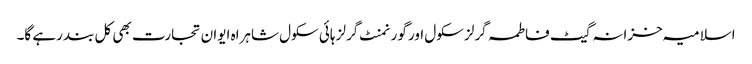
اسلامیہ خزانہ گیٹ فاطمہ گرلز سکول اور گورنمنٹ گرلز ہائی سکول شاہراہ ایوان تجارت بھی کل بند رہے گا۔